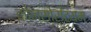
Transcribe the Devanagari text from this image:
कोन्सोर्टियम